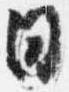
日